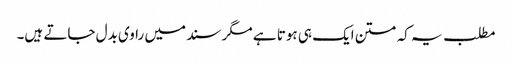
مطلب یہ کہ متن ایک ہی ہوتا ہے مگر سند میں راوی بدل جاتے ہیں۔